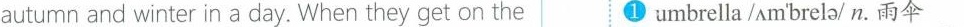
autumn and winter in a day.when they get on the ① umbrella/ʌm^{\prime}brelə/n.雨伞